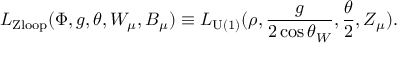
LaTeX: { \cal L } _ { \mathrm { Z l o o p } } ( \Phi , g , \theta , W _ { \mu } , B _ { \mu } ) \equiv { \cal L } _ { \mathrm { U ( 1 ) } } ( \rho , \frac { g } { 2 \cos \theta _ { W } } , \frac { \theta } { 2 } , Z _ { \mu } ) .